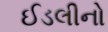
ઈડલીનો